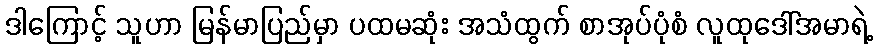
ဒါကြောင့် သူဟာ မြန်မာပြည်မှာ ပထမဆုံး အသံထွက် စာအုပ်ပုံစံ လူထုဒေါ်အမာရဲ့